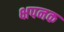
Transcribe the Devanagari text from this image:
क्षपनक